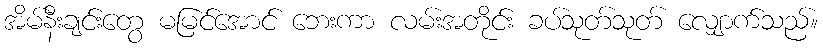
အိမ်နီးချင်းတွေ မမြင်အောင် ဘေးကာ လမ်းအတိုင်း ခပ်သုတ်သုတ် လျှောက်သည်။